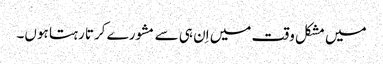
میں مشکل وقت میں اِن ہی سے مشورے کرتا رہتا ہوں۔